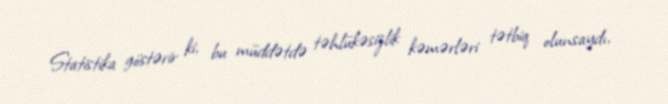
Statistika göstərir ki, bu müddətdə təhlükəsizlik kəmərləri tətbiq olunsaydı,